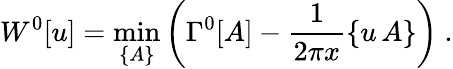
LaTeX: W^{0}[u]=\operatorname*{min}_{\{ A\} }\left(\Gamma^{0}[A]-\frac{1}{2\pi x}\{ u\, A\} \right)\ .